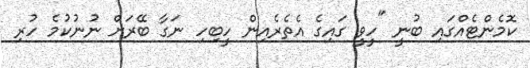
ކޮމެންޓެއްގައި ބުނީ "ހީވީ ގައިގެ އެތެރެއިން ހީބިހި ނަގާ ބޭރަށް ނުނުކުމެ ހުރި